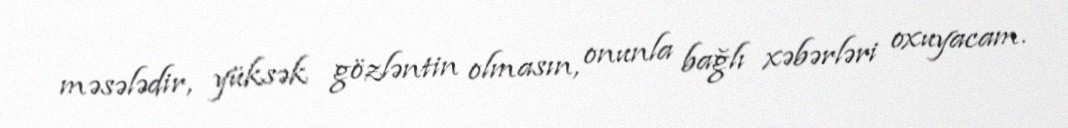
məsələdir, yüksək gözləntin olmasın, onunla bağlı xəbərləri oxuyacam.